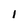
Character: I